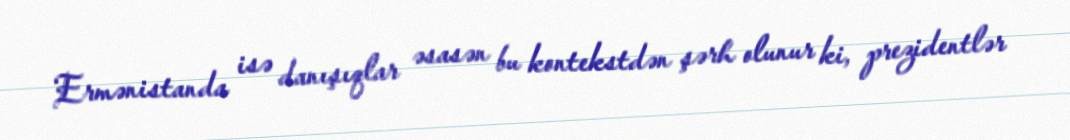
Ermənistanda isə danışıqlar əsasən bu kontekstdən şərh olunur ki, prezidentlər